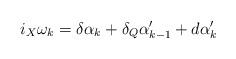
LaTeX: \begin{align*}i_X\omega_k=\delta\alpha_k+\delta_Q\alpha'_{k-1}+d\alpha'_k\end{align*}